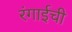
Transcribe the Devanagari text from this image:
रंगाईची